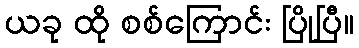
ယခု ထို စစ်ကြောင်း ပြိုပြီ။